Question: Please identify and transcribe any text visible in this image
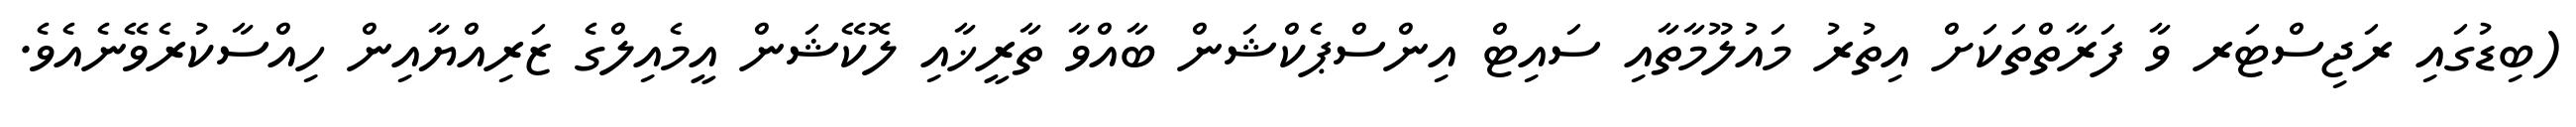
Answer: (ބިޑުގައި ރަޖިސްޓަރ ވާ ފަރާތްތަކަށް އިތުރު މައުލޫމާތާއި ސައިޓް އިންސްޕެކްޝަން ބާއްވާ ތާރީޚާއި ލޮކޭޝަން އީމެއިލްގެ ޒަރިއްޔާއިން ހިއްސާކުރެވޭނެއެވެ.